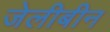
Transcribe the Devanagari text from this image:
जेलीबीन